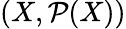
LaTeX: (X,{\mathcal{P}}(X))